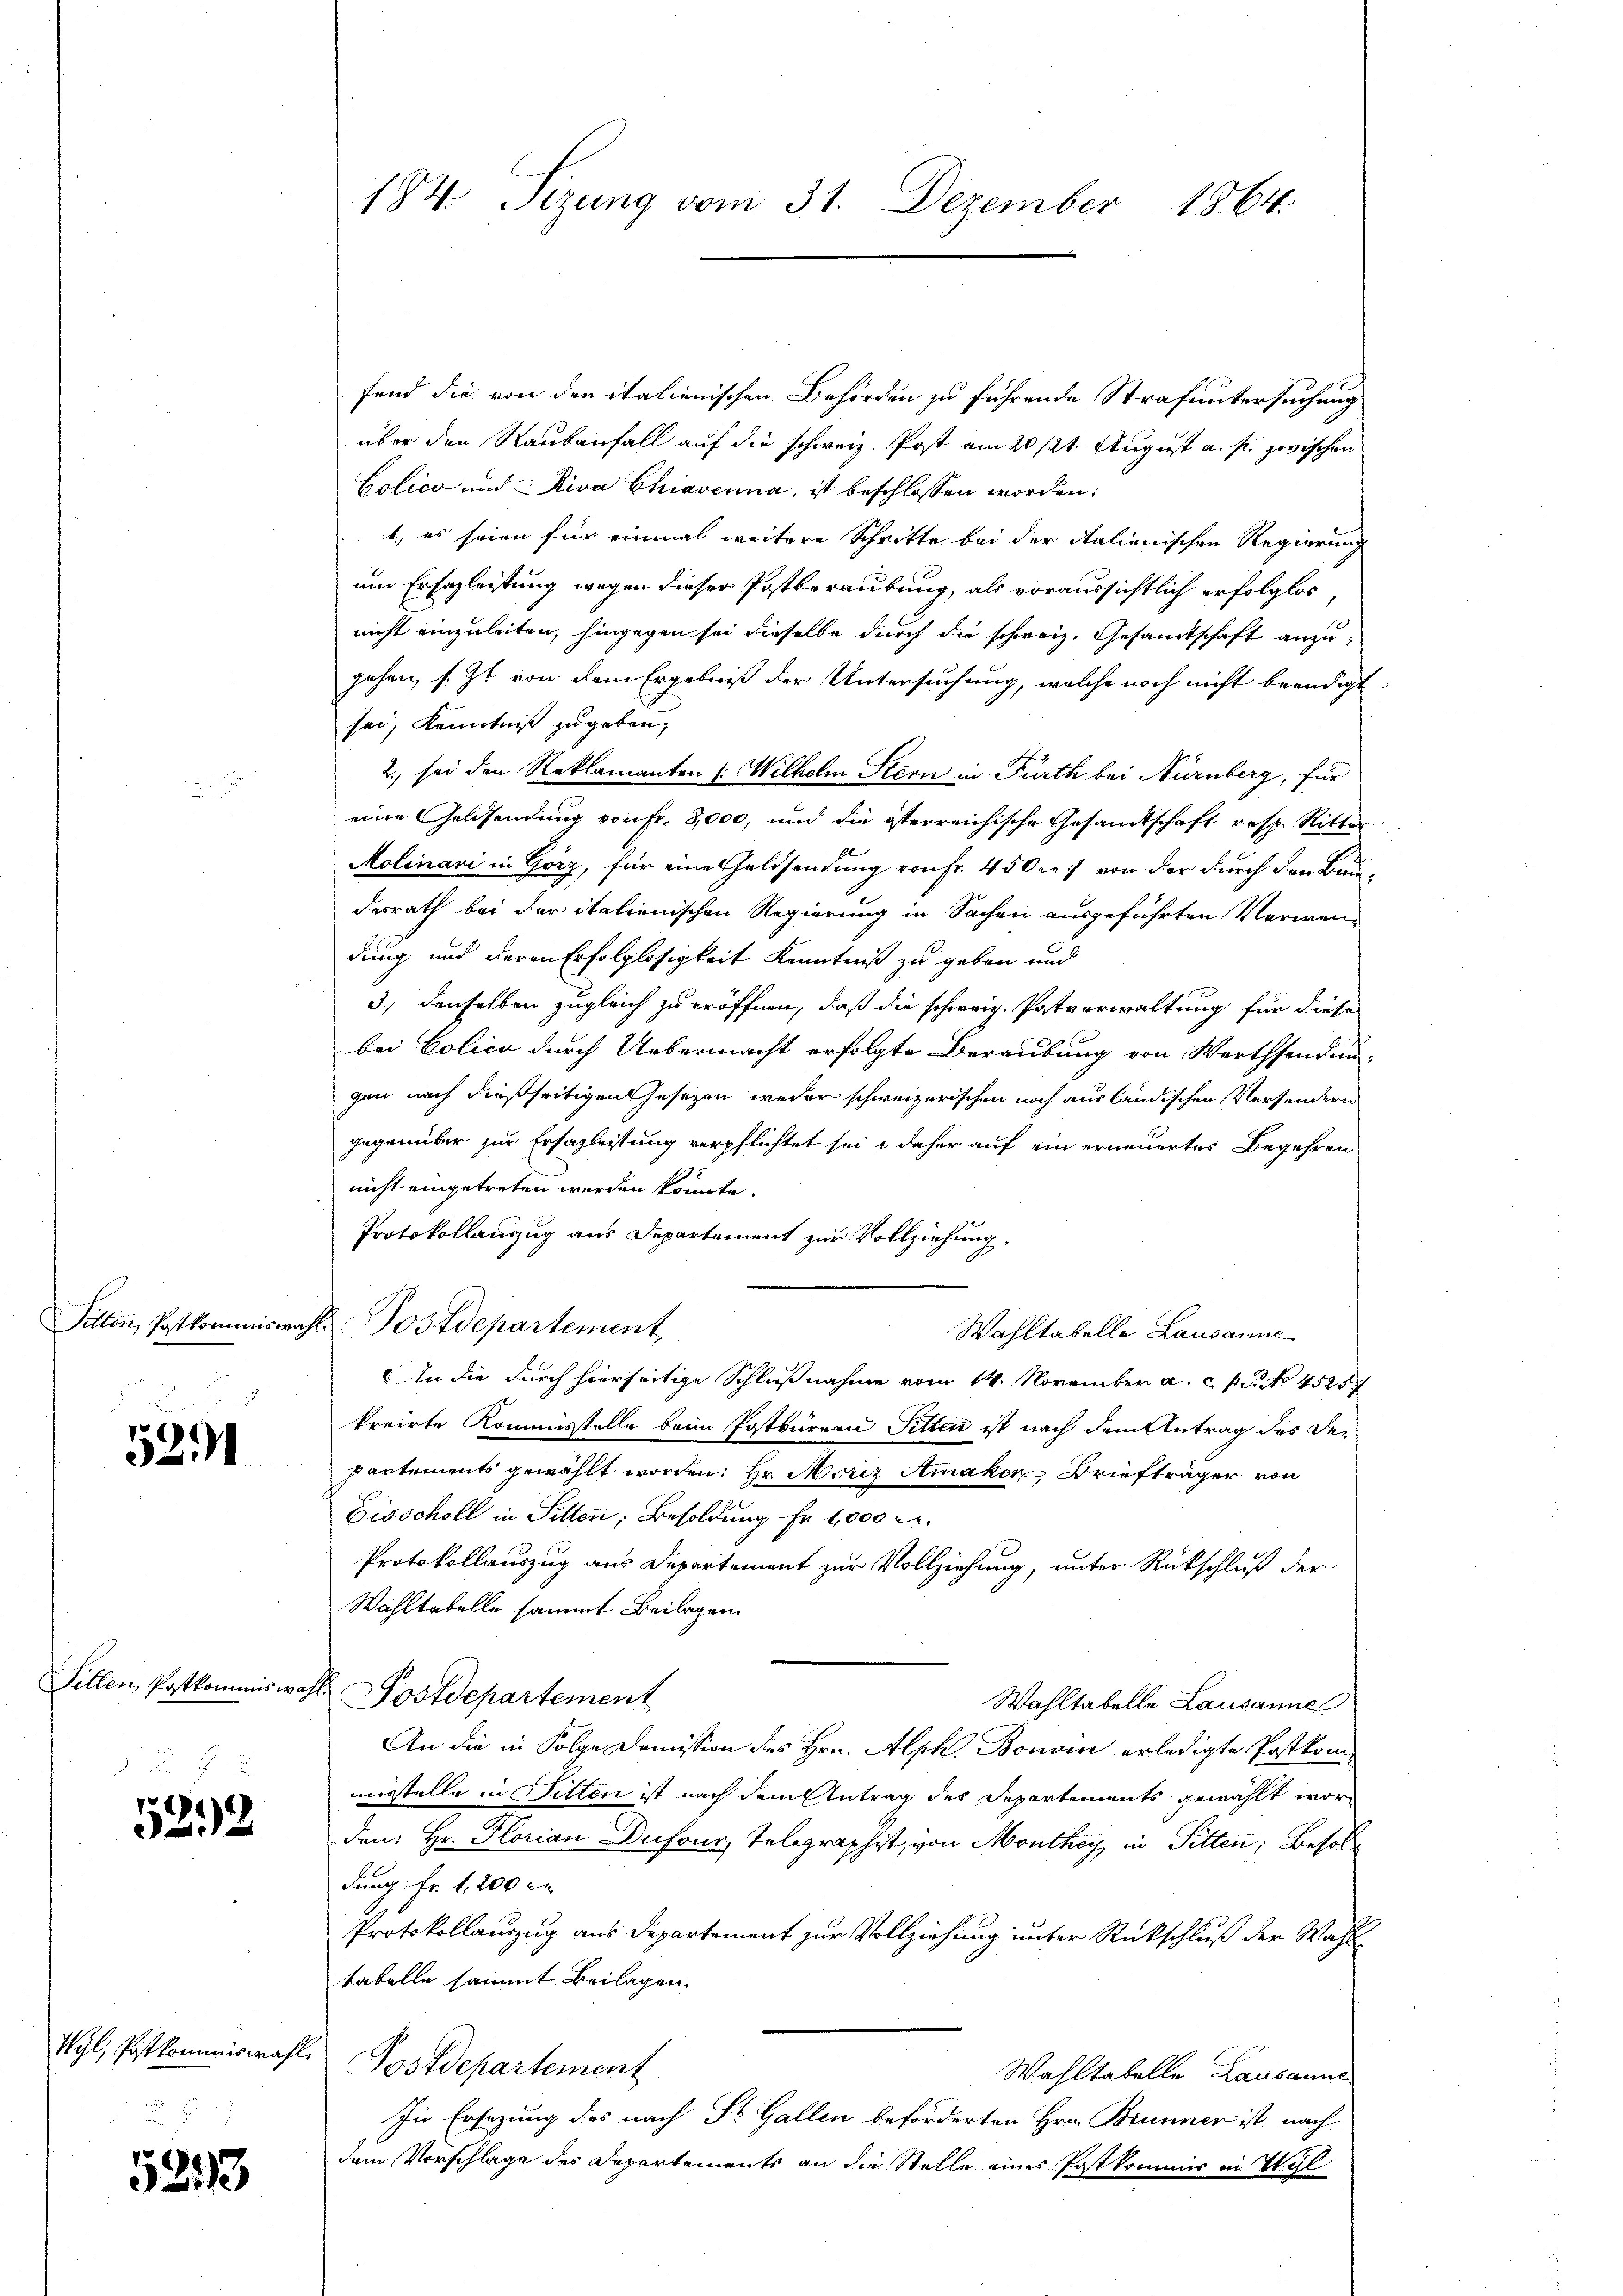
Sitten, Postkommiswa

5291

Fillen Postkommiswahl.

522

Wyl, Postkommiswahl,

5293

184 Sizung vom 31. Dezember 1864.

fend die von den italienischen Behörden zu führende Strafuntersuchung
über den Raubanfall auf die schweiz. Post am 20. 121. August a. p. zwischen
Colico und Riva Chiavenna, ist beschlossen worden:
1., es seien für einmal weitere Schritte bei der italienischen Regierung
um Ersazleistung wegen dieser Postberaubung, als voraussichtlich erfolglos
nicht einzuleiten, hingegen sei dieselbe durch die schweiz. Gesandtschaft anzugehen, s. Zt. von dem Ergebniß der Untersuchung, welche noch nicht beendigt
sei, Kenntniß zugeben,
2., sei den Reklamanten (: Wilhelm Stern in Fürth bei Nürnberg, für
eine Geldsendung von Fr. 8,000, und die isterreichische Gesandtschaft resp. Ritter
Molinari in Görz, für eines Geldsendung von Fr. 450fr. von der durch den Bundesrath bei der italienischen Regierung in Sachen ausgeführten Verwendung und deren Erfolglosigkeit Kenntniß zu geben und
3., denselben zugleich zu eröffnen, daß die schweiz. Patverwaltung für diese
bei Polico durch Uebermacht erfolgte Beraubung von Werthsendungen nach dießseitigen Gesezen weder schweizerischen noch ausländischen Versondern
gegenüber zur Ersazleitung verpflichtet sei & daher auf ein erneuertes Begehren
nicht eingetreten werden könnte.
Protokollauszug aus Departement zur Vollziehung.
E Postdepartement,
Wahltabelle Lausanne
In die durch hierseitige Schlußnahme vom 14. November a. c. P. P. No 45257
kreirte Kommisstelle beim Postbureau Sitten ist nach dem Antrag des Departements gewählt worden: Hr. Moriz Amaken Briefträger von
Eisscholl in Sitten; Besoldung Fr. 1,000 M.
Protokollauszug aus Departement zur Vollziehung, unter Rückschluß der
Wahltabelle sammt Beilagen
Postdepartement
Wahltabelle Lausanne
An die in Folge Domission des Hrn. Alph. Bonom erledigte Postkommisstelle in Sitten ist nach dem Antrag des Departements gewählt worden: Hr. Florian Dufour Telegraphist, von Monthey, in Sitten; Besoldung Fr. 1, 200 e
Protokollauszug aus Departement zur Vollziehung unter Rückschluß der Wahl
tabelle sammt Beilagen
Postdepartement
Wahltabelle. Lausanne
In Ersezung des nach St. Gallen beförderten Hrn. Brunner ist nach
dem Vorschlage des Departements an die Stelle eines Postkommis in Wyl